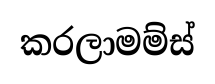
කරලාමම්ස්